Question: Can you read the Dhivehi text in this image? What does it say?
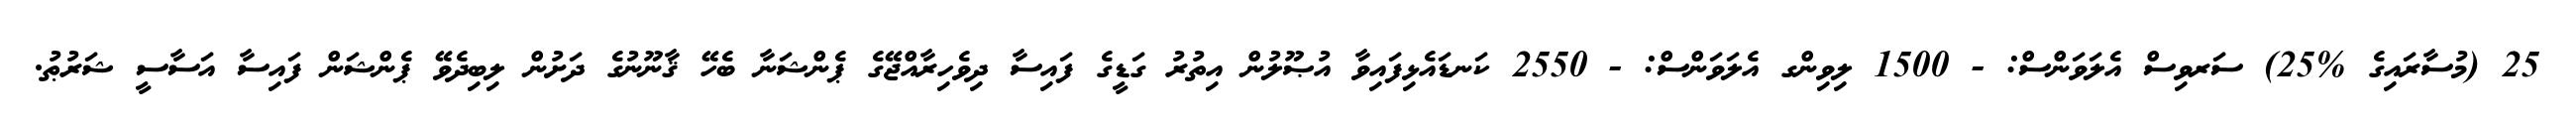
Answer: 25 (މުސާރައިގެ %25) ސަރވިސް އެލަވަންސް: - 1500 ލިވިންގ އެލަވަންސް: - 2550 ކަނޑައެޅިފައިވާ އުޞޫލުން އިތުރު ގަޑީގެ ފައިސާ ދިވެހިރާއްޖޭގެ ޕެންޝަނާ ބެހޭ ޤާނޫނުގެ ދަށުން ލިބިދެވޭ ޕެންޝަން ފައިސާ އަސާސީ ޝަރުޠު.